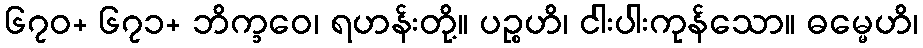
၆၇၀+ ၆၇၁+ ဘိက္ခဝေ၊ ရဟန်းတို့။ ပဉ္စဟိ၊ ငါးပါးကုန်သော။ ဓမ္မေဟိ၊